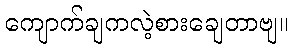
ကျောက်ချကလဲ့စားချေတာဗျ။